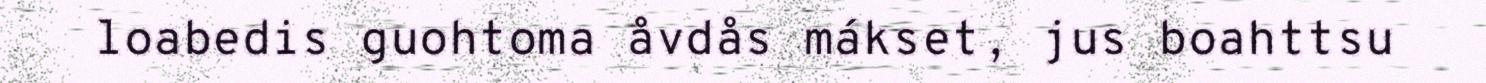
loabedis guohtoma åvdås mákset, jus boahttsu